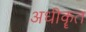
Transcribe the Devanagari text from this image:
अधीकॄत